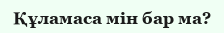
Құламаса мін бар ма?